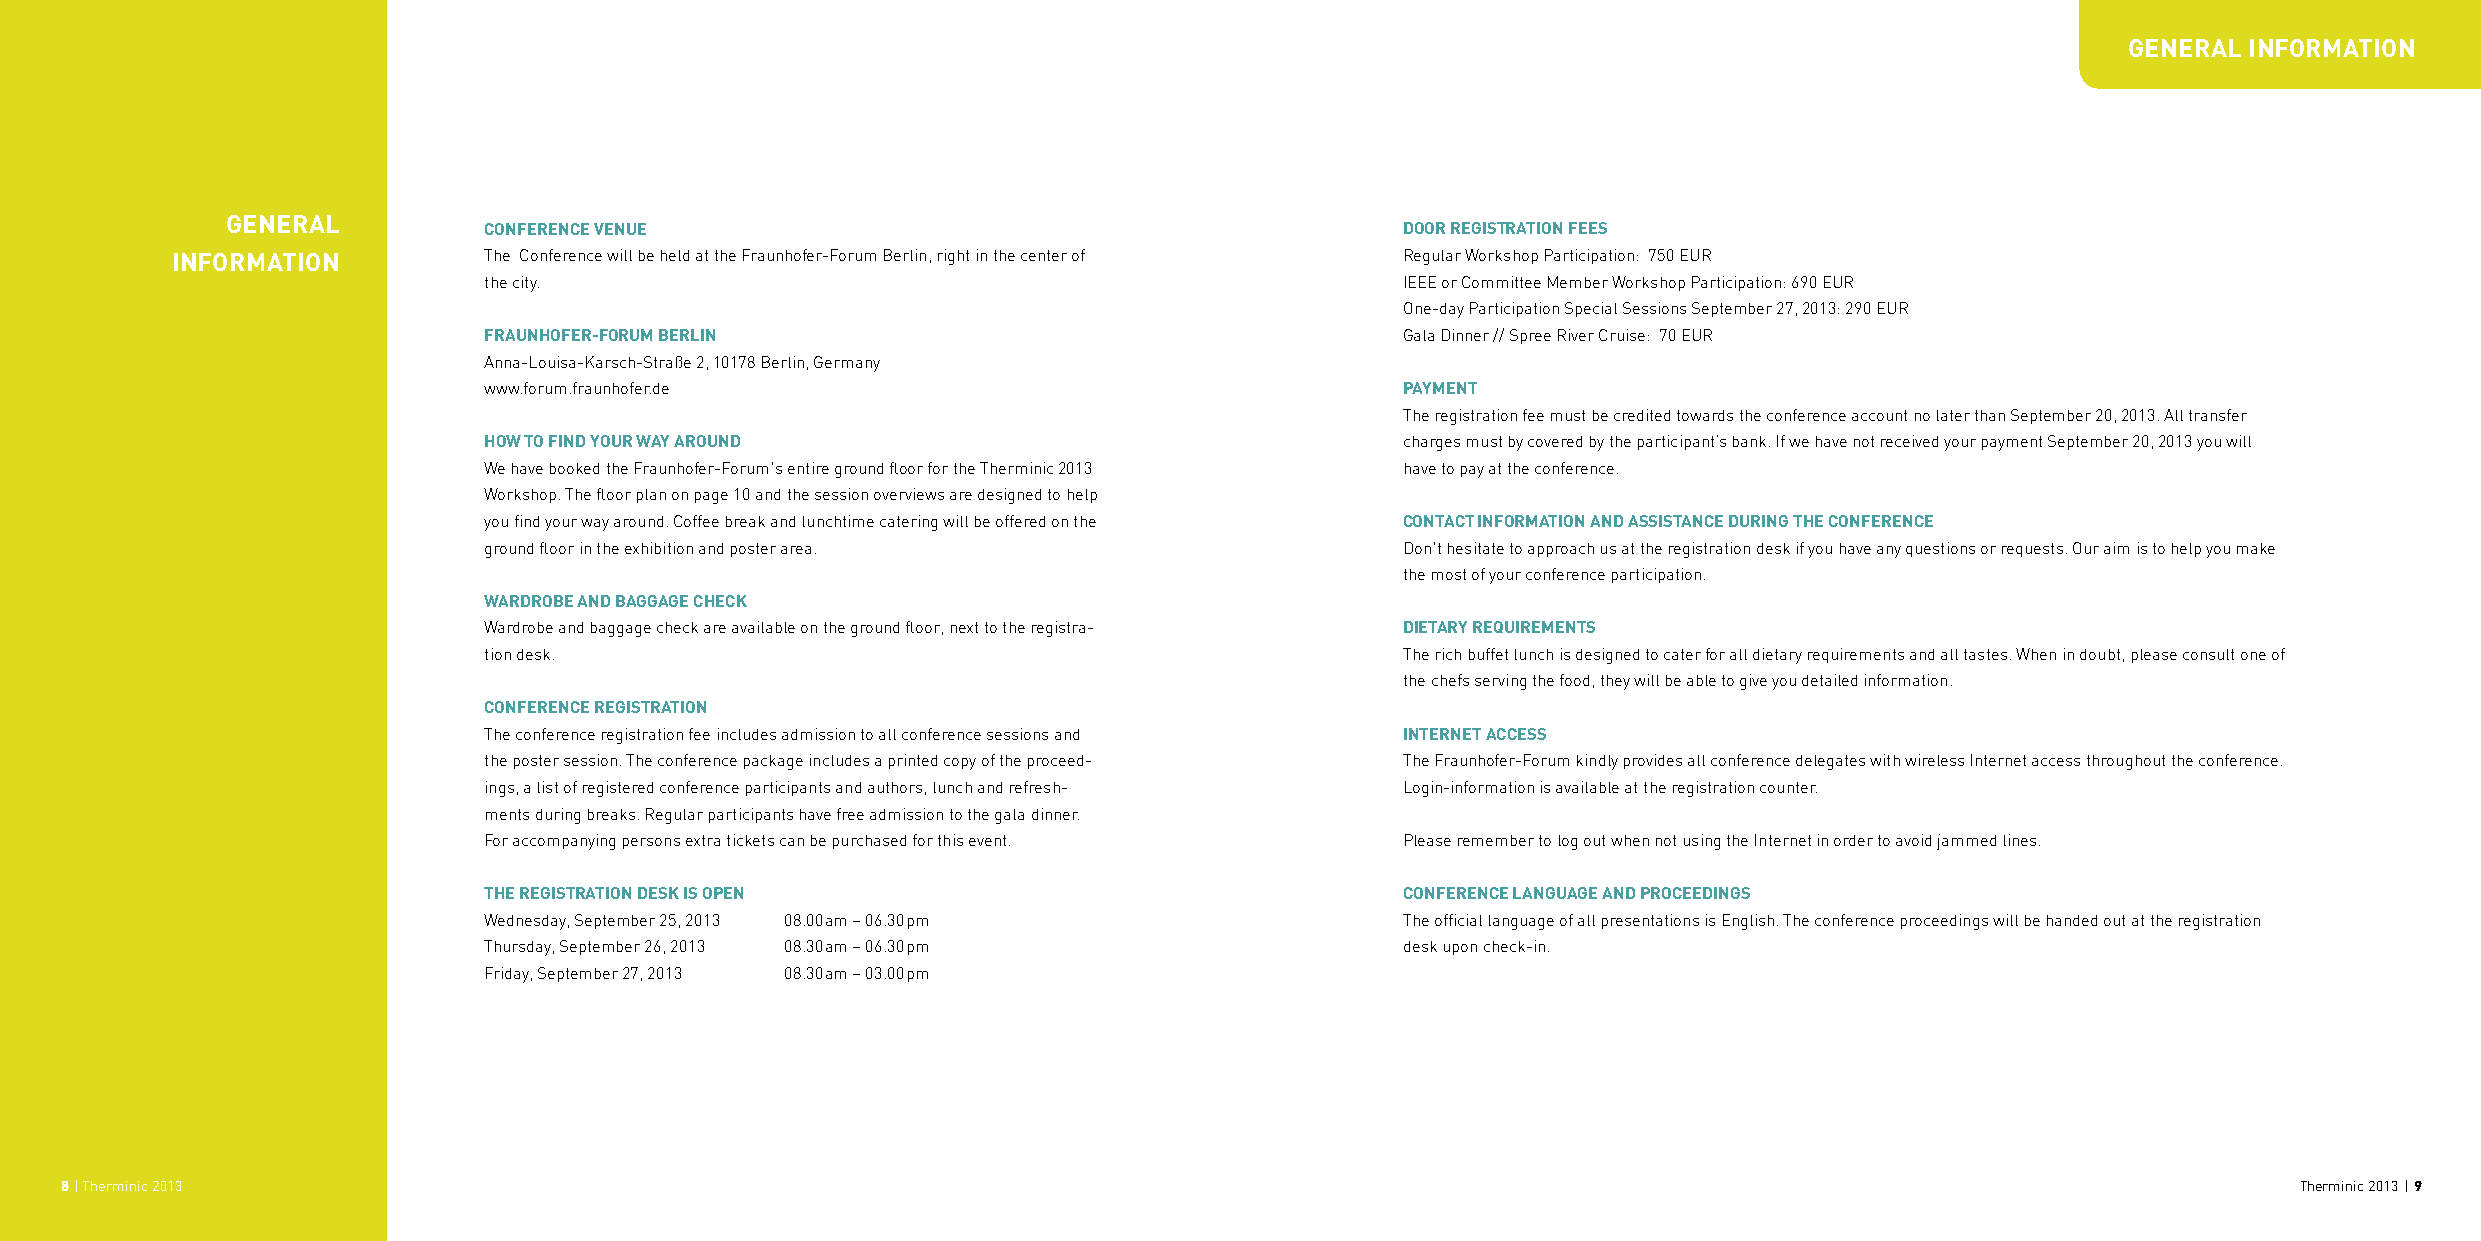
general information
 general
 ConferenCe Venue                                             door regiStration feeS
 information          The Conference will be held at the Fraunhofer-Forum Berlin, right in the center of Regular Workshop Participation: 750 EUR
 the city.                                                    IEEE or Committee Member Workshop Participation: 690 EUR
 One-day Participation Special Sessions September 27, 2013: 290 EUR
 fraunhofer-forum Berlin                                      Gala Dinner // Spree River Cruise: 70 EUR
 Anna-Louisa-Karsch-Straße 2, 10178 Berlin, Germany
 www.forum.fraunhofer.de                                      Payment
 The registration fee must be credited towards the conference account no later than September 20, 2013. All transfer
 hoW to find your Way around                                  charges must by covered by the participant’s bank. If we have not received your payment September 20, 2013 you will
 We have booked the Fraunhofer-Forum's entire ground floor for the Therminic 2013 have to pay at the conference.
 Workshop. The floor plan on page 10 and the session overviews are designed to help
 you find your way around. Coffee break and lunchtime catering will be offered on the ContaCt information and aSSiStanCe during the ConferenCe
 ground floor in the exhibition and poster area.              Don't hesitate to approach us at the registration desk if you have any questions or requests. Our aim is to help you make
 the most of your conference participation.
 WardroBe and Baggage CheCk
 Wardrobe and baggage check are available on the ground floor, next to the registra- dietary requirementS
 tion desk.                                                   The rich buffet lunch is designed to cater for all dietary requirements and all tastes. When in doubt, please consult one of
 the chefs serving the food, they will be able to give you detailed information.
 ConferenCe regiStration
 The conference registration fee includes admission to all conference sessions and internet aCCeSS
 the poster session. The conference package includes a printed copy of the proceed- The Fraunhofer-Forum kindly provides all conference delegates with wireless Internet access throughout the conference.
 ings, a list of registered conference participants and authors, lunch and refresh- Login-information is available at the registration counter.
 ments during breaks. Regular participants have free admission to the gala dinner.
 For accompanying persons extra tickets can be purchased for this event. Please remember to log out when not using the Internet in order to avoid jammed lines.
 the regiStration deSk iS oPen                                ConferenCe language and ProCeedingS
 Wednesday, September 25, 2013 08.00 am – 06.30 pm            The official language of all presentations is English. The conference proceedings will be handed out at the registration
 Thursday, September 26, 2013 08.30 am – 06.30 pm             desk upon check-in.
 Friday, September 27, 2013 08.30 am – 03.00 pm
 8 | Therminic 2013                                                                                                                                  Therminic 2013 | 9